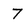
Character: 7